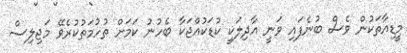
މީޑިއާތަކުން ވެސް ބުނެފައި ވަނީ އާދިލަކީ ކުޑަކުއްޖަކާ ބެހުނު ކަމަށް ތުހުމަތުކުރެވޭ މަޖިލިސް